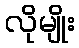
လိုမျိုး